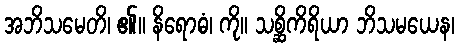
အဘိသမေတိ၊ ၏။ နိရောဓံ၊ ကို။ သစ္ဆိကိရိယာ ဘိသမယေန၊